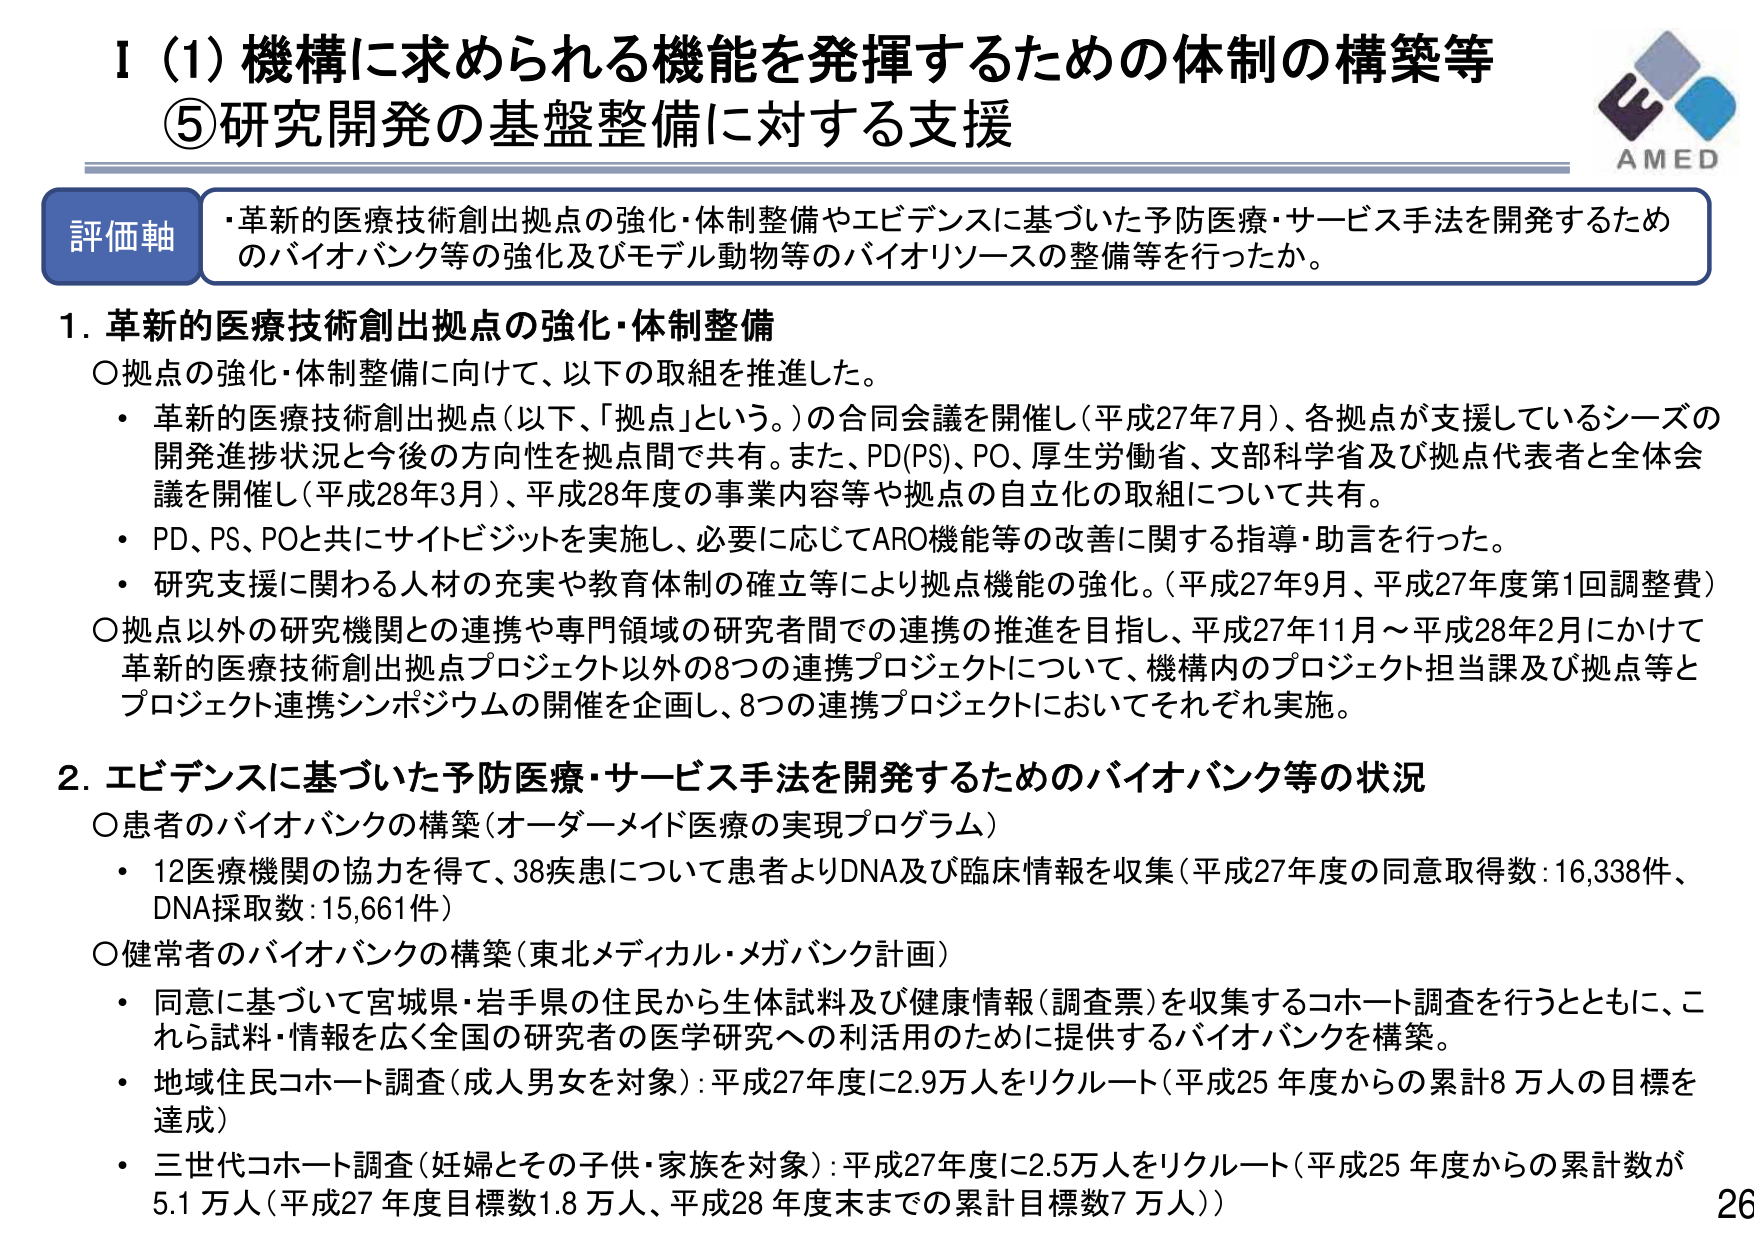
Ⅰ（1）機構に求められる機能を発揮するための体制の構築等
⑤研究開発の基盤整備に対する支援

評価軸
・革新的医療技術創出拠点の強化・体制整備やエビデンスに基づいた予防医療・サービス手法を開発するためのバイオバンク等の強化及びモデル動物等のバイオリソースの整備等を行ったか。

1. 革新的医療技術創出拠点の強化・体制整備
〇拠点の強化・体制整備に向けて、以下の取組を推進した。
・ 革新的医療技術創出拠点（以下、「拠点」という。）の合同会議を開催し（平成27年7月）、各拠点が支援しているシーズの開発進捗状況と今後の方針を拠点間で共有。また、PD(PS)、PO、厚生労働省、文部科学省及び拠点代表者と全体会議を開催し（平成28年3月）、平成28年度の事業内容等や拠点の自立化の取組について共有。
・ PD、PS、POと共にサイトビジットを実施し、必要に応じてARO機能等の改善に関する指導・助言を行った。
・ 研究支援に関わる人材の充実や教育体制の確立等により拠点機能の強化。（平成27年9月、平成27年度第1回調整費）
〇拠点以外の研究機関との連携や専門領域の研究者間での連携の推進を目指し、平成27年11月～平成28年2月にかけて革新的医療技術創出拠点プロジェクト以外の8つの連携プロジェクトについて、機構内のプロジェクト担当課及び拠点等とプロジェクト連携シンポジウムの開催を企画し、8つの連携プロジェクトにおいてそれぞれ実施。

2. エビデンスに基づいた予防医療・サービス手法を開発するためのバイオバンク等の状況
〇患者のバイオバンクの構築（オーダーメイド医療の実現プログラム）
・ 12医療機関の協力を得て、38疾患について患者よりDNA及び臨床情報を収集（平成27年度の同意取得数：16,338件、DNA採取数：15,661件）
〇健常者のバイオバンクの構築（東北メディカル・メガバンク計画）
・ 同意に基づいて宮城県・岩手県の住民から生体試料及び健康情報（調査票）を収集するコホート調査を行うとともに、これら試料・情報を広く全国の研究者の医学研究への利活用のために提供するバイオバンクを構築。
・ 地域住民コホート調査（成人男女を対象）：平成27年度に2.9万人をリクルート（平成25年度からの累計8万人の目標を達成）
・ 三世代コホート調査（妊婦とその子供・家族を対象）：平成27年度に2.5万人をリクルート（平成25年度からの累計数が5.1万人（平成27年度目標数1.8万人、平成28年度末までの累計目標数7万人））

AMED
26